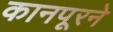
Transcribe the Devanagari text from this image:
कानपूरने